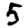
Digit: 5